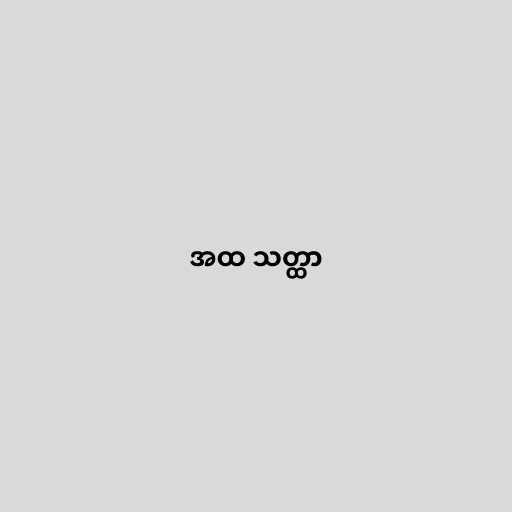
အထ သတ္ထာ